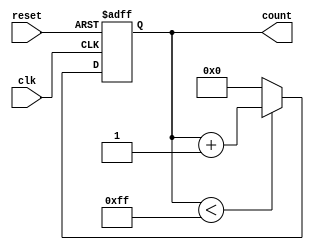
module ParamInitCounter #(
    parameter INIT_VALUE = 8'd0, // Parameter for initial value
    parameter MAX_VALUE = 8'd255  // Parameter for maximum count value
)(
    input wire clk,                // Clock input
    input wire reset,              // Reset input
    output reg [7:0] count         // 8-bit output count
);
    
    // Internal state variable
    initial begin
        count = INIT_VALUE;        // Initialize count with parameter value
    end

    // Behavioral Logic: Counting mechanism
    always @(posedge clk or posedge reset) begin
        if (reset) begin
            count <= INIT_VALUE;    // Reset count to initial value
        end else if (count < MAX_VALUE) begin
            count <= count + 1;     // Increment count
        end else begin
            count <= INIT_VALUE;     // Reset count after reaching max value
        end
    end

endmodule